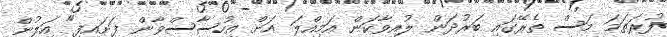
ފުރަތަމަ މަސް ތެރޭގައި ބަރުދަން ލުއިވާކަން އަމިއްލަ އަށް އިހުސާސްވާން ފަށައިފި" އަލުން